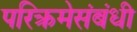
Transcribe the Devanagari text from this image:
परिक्रमेसंबंधी